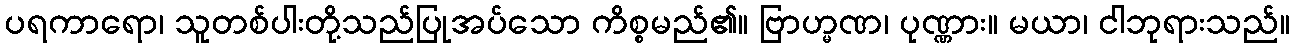
ပရကာရော၊ သူတစ်ပါးတို့သည်ပြုအပ်သော ကိစ္စမည်၏။ ဗြာဟ္မဏ၊ ပုဏ္ဏား။ မယာ၊ ငါဘုရားသည်။